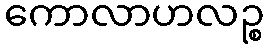
ကောလာဟလဉ္စ